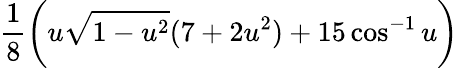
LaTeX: \frac{1}{8}\bigg(u\sqrt{1-u^{2}}(7+2u^{2})+15\cos^{-1}u\bigg)